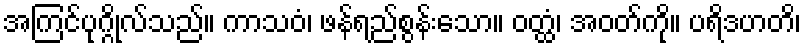
အကြင်ပုဂ္ဂိုလ်သည်။ ကာသဝံ၊ ဖန်ရည်စွန်းသော။ ဝတ္ထံ၊ အဝတ်ကို။ ပရိဒဟတိ၊